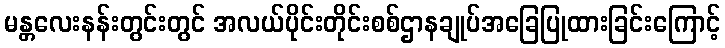
မန္တလေးနန်းတွင်းတွင် အလယ်ပိုင်းတိုင်းစစ်ဌာနချုပ်အခြေပြုထားခြင်းကြောင့်